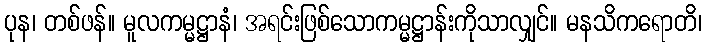
ပုန၊ တစ်ဖန်။ မူလကမ္မဋ္ဌာနံ၊ အရင်းဖြစ်သောကမ္မဋ္ဌာန်းကိုသာလျှင်။ မနသိကရောတိ၊